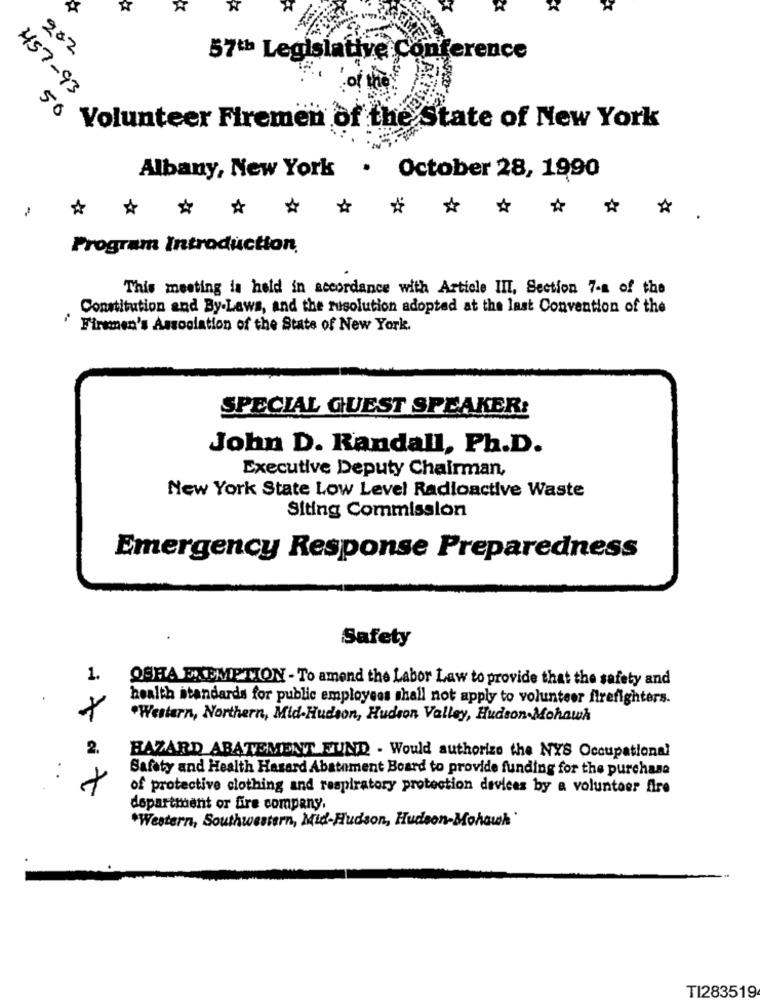
202
57th Legislative Conference
of the
457-93
50
Volunteer Firemen of the State of New York
Albany, New York . October 28, 1990
*****
*
-
Program Introduction,
This meeting is held in accordance with Article III. Section 7-a of the
Constitution and By-Laws, and the rusolution adopted at the last Convention of the
Firenen's Association of the State of New York.
SPECIAL GUEST SPEAKER:
John D. Randall, Ph.D.
Executive Deputy Chairman,
New York State Low Level Radioactive Waste
Siting Commission
Emergency Response Preparedness
Safety
1.
OSHA EXEMPTION - To amend the Labor Law to provide that the safety and
health standards for public employees shall not apply to volunteer firefighters.
"Western, Northern, Mid-Hudson, Hudson Valley, Hudson-Mohawk
2.
HAZARD ABATEMENT FUND . Would authorize the NYS Occupational
Safety and Health Hazard Abatement Board to provide funding for the purchase
at
of protective clothing and respiratory protection devices by a volunteer fire
department or fire company
*Western, Southwestern, Mid-Hudson, Hudson-Mohawk
TI283519